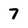
Character: 7